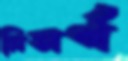
নিসর্গ